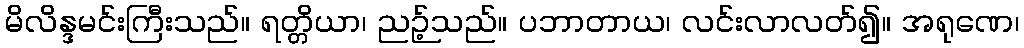
မိလိန္ဒမင်းကြီးသည်။ ရတ္တိယာ၊ ညဉ့်သည်။ ပဘာတာယ၊ လင်းလာလတ်၍။ အရုဏေ၊